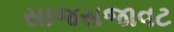
સાજસજાવટ